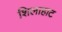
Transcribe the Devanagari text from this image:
शिलाहाट